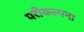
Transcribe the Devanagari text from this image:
परीकल्पना